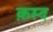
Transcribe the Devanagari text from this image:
क़स्द